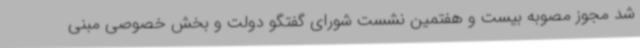
شد مجوز مصوبه بیست و هفتمین نشست شورای گفتگو دولت و بخش خصوصی مبنی